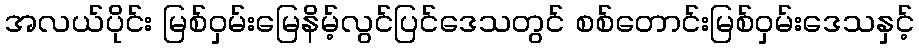
အလယ်ပိုင်း မြစ်ဝှမ်းမြေနိမ့်လွင်ပြင်ဒေသတွင် စစ်တောင်းမြစ်ဝှမ်းဒေသနှင့်